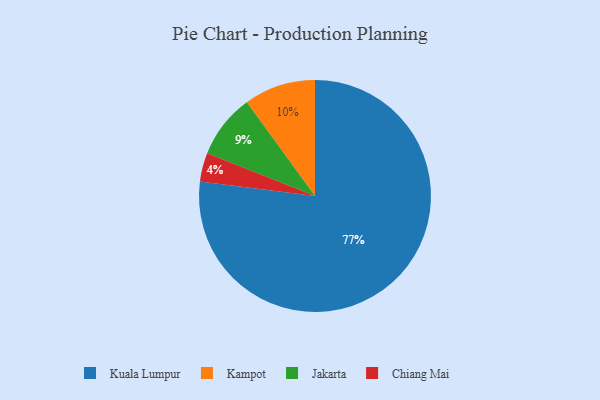
{"axis": {"x": "Category", "y": "Percentage"}, "legend": ["Chiang Mai", "Jakarta", "Kampot", "Kuala Lumpur"], "data": [{"x": "Chiang Mai", "y": 4, "type": "Chiang Mai"}, {"x": "Jakarta", "y": 9, "type": "Jakarta"}, {"x": "Kuala Lumpur", "y": 77, "type": "Kuala Lumpur"}, {"x": "Kampot", "y": 10, "type": "Kampot"}]}